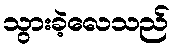
သွားခဲ့လေသည်